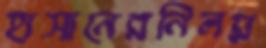
হাসানেরনিলয়